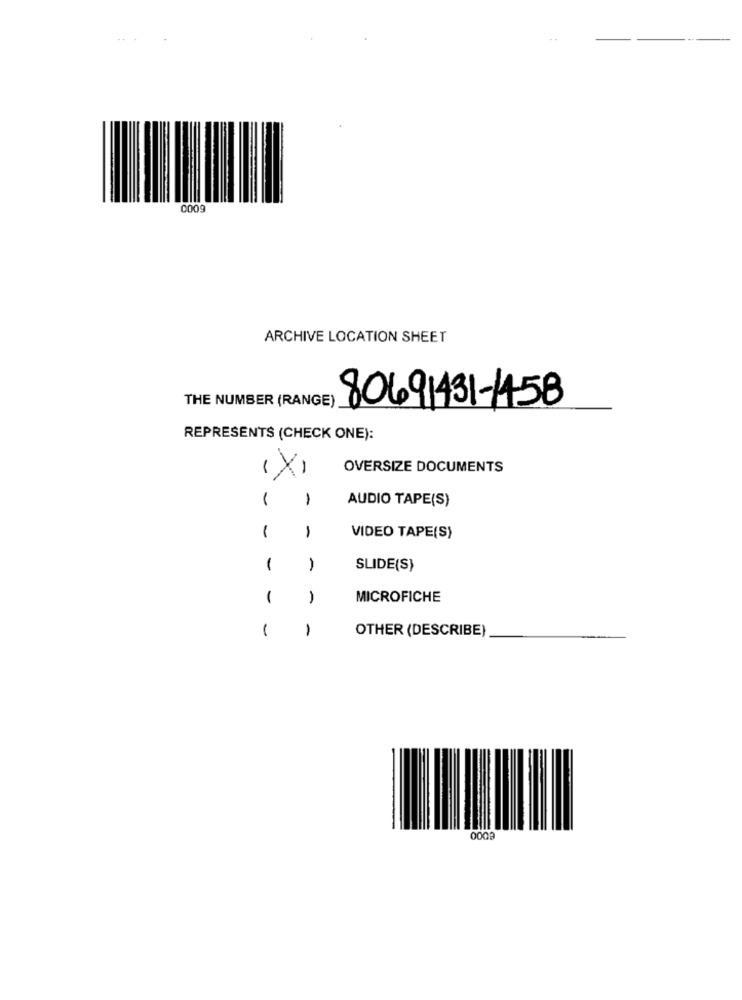
0009
ARCHIVE LOCATION SHEET
THE NUMBER (RANGE)
80691431-1458
REPRESENTS (CHECK ONE):
X
OVERSIZE DOCUMENTS
-
1
AUDIO TAPE(S)
1
-
VIDEO TAPE(S)
1
-
SLIDE(S)
1
-
MICROFICHE
-
1
OTHER (DESCRIBE)